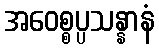
အဝေစ္စပ္ပသန္နာနံ